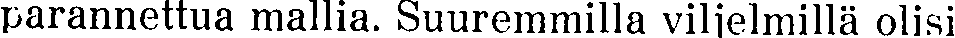
parannettua mallia. Suuremmilla viljelmillä olisi